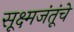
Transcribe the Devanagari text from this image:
सूक्ष्मजंतूंचे